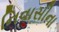
નિવાસીના